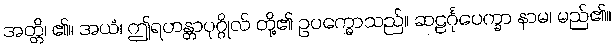
အတ္တိ၊ ၏။ အယံ၊ ဤရဟန္တာပုဂ္ဂိုလ် တို့၏ ဥပက္ခောသည်။ ဆဠင်္ဂုပေက္ခာ နာမ၊ မည်၏။